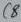
Text: C8